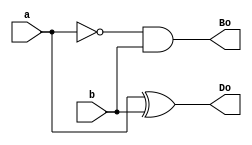
`timescale 1ns / 1ps
//////////////////////////////////////////////////////////////////////////////////
// Company: 
// Engineer: 
// 
// Design Name: 
// Module Name:    half_sub_structural 
// Project Name: 
// Target Devices: 
// Tool versions: 
// Description: 
//
// Dependencies: 
//
// Revision: 
// Revision 0.01 - File Created
// Additional Comments: 
//
//////////////////////////////////////////////////////////////////////////////////
module half_sub_structural(
    input a,
    input b,
    output Do,
    output Bo
    );
	 xor(Do,a,b);
	 not(a_bar,a);
	 and(Bo,a_bar,b);


endmodule